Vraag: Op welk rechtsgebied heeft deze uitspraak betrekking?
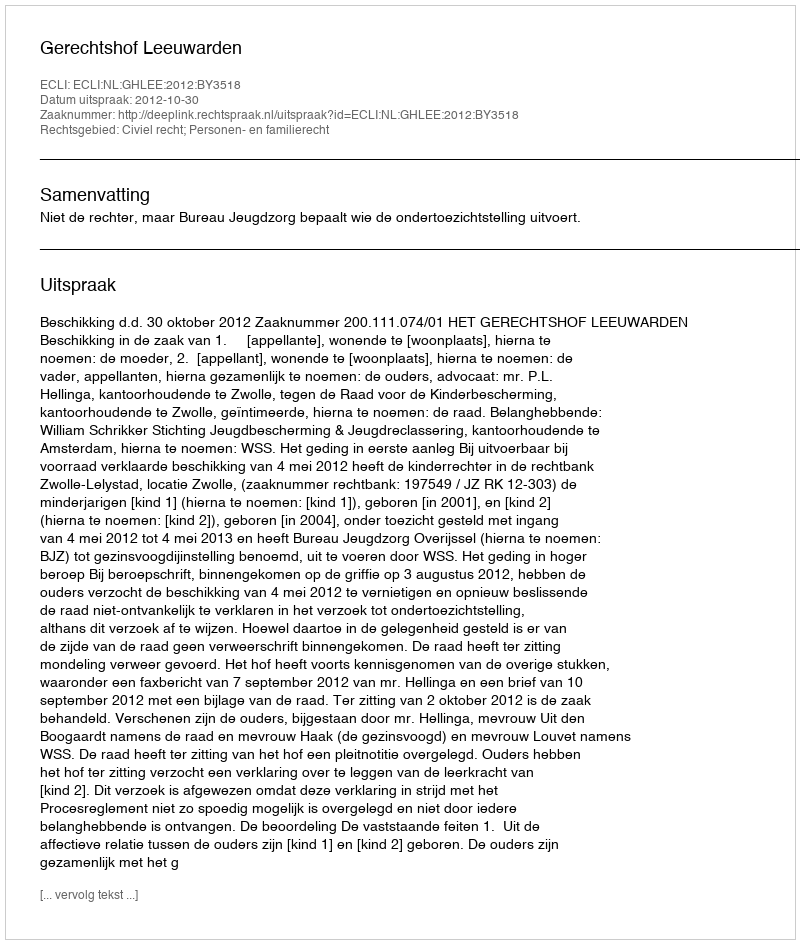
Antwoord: Civiel recht; Personen- en familierecht